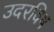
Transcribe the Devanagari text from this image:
उदरविष